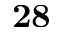
\mathbf { 2 8 }